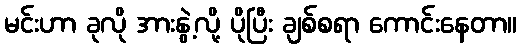
မင်းဟာ ခုလို အားနွဲ့လို့ ပိုပြီး ချစ်စရာ ကောင်းနေတာ။